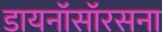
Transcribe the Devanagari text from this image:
डायनॉसॉरसना